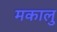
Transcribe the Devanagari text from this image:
मकालु